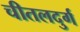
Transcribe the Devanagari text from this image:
चीतलदुर्ग